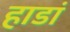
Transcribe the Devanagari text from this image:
हाडां